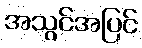
အသွင်အပြင်